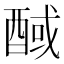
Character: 𰼊